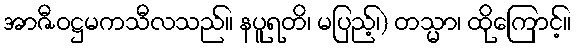
အာဇီဝဋ္ဌမကသီလသည်။ နပူရတိ၊ မပြည့်၊) တသ္မာ၊ ထိုကြောင့်။